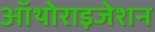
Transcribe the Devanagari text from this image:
ऑथोराइजेशन